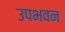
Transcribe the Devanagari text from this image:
उपभवन